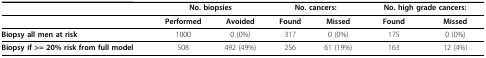
<table><thead><tr><td></td><td colspan="2"><b>No. biopsies</b></td><td colspan="2"><b>No. cancers:</b></td><td colspan="2"><b>No. high grade cancers:</b></td></tr></thead><tbody><tr><td></td><td><b>Performed</b></td><td><b>Avoided</b></td><td><b>Found</b></td><td><b>Missed</b></td><td><b>Found</b></td><td><b>Missed</b></td></tr><tr><td><b>Biopsy all men at risk</b></td><td>1000</td><td>0 (0%)</td><td>317</td><td>0 (0%)</td><td>175</td><td>0 (0%)</td></tr><tr><td><b>Biopsy if &gt;= 20% risk from full model</b></td><td>508</td><td>492 (49%)</td><td>256</td><td>61 (19%)</td><td>163</td><td>12 (4%)</td></tr></tbody></table>